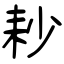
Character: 耖